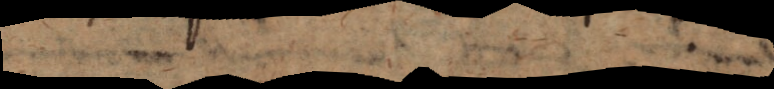
um